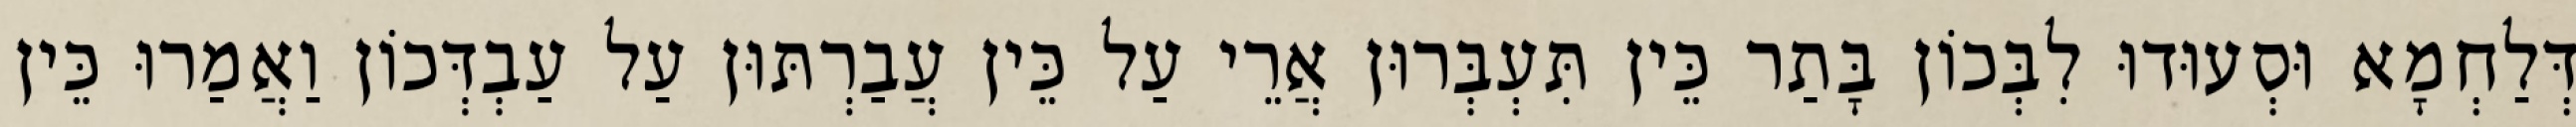
דְּלַחְמָא וּסְעוּדוּ לִבְּכוֹן בָּתַר כֵּין תִּעְבְּרוּן אֲרֵי עַל כֵּין עֲבַרְתּוּן עַל עַבְדְּכוֹן וַאֲמַרוּ כֵּין